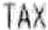
TAX